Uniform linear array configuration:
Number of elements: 8
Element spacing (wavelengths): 0.5
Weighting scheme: cosine
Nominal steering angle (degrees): -60
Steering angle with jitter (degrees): -60.616
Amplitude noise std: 0.05
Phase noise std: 0.05

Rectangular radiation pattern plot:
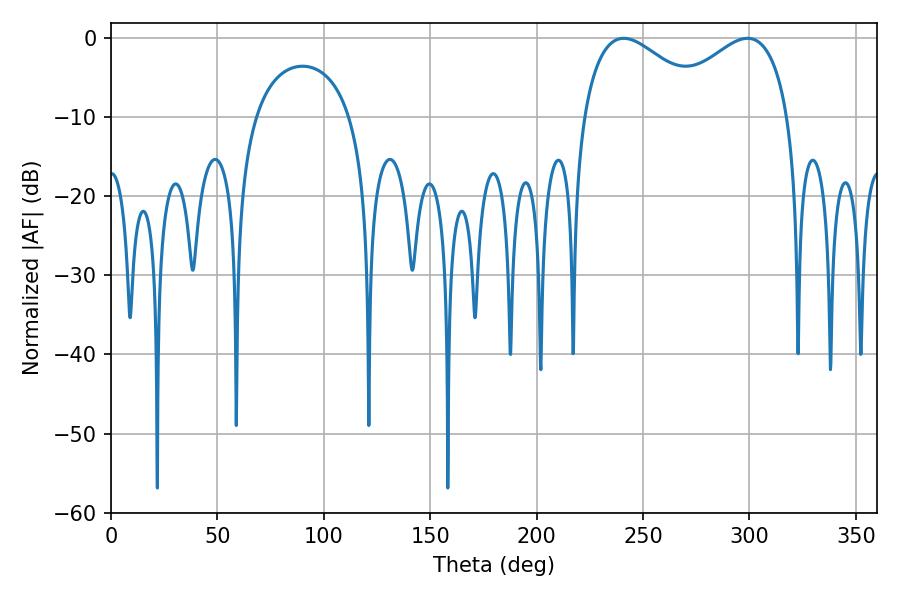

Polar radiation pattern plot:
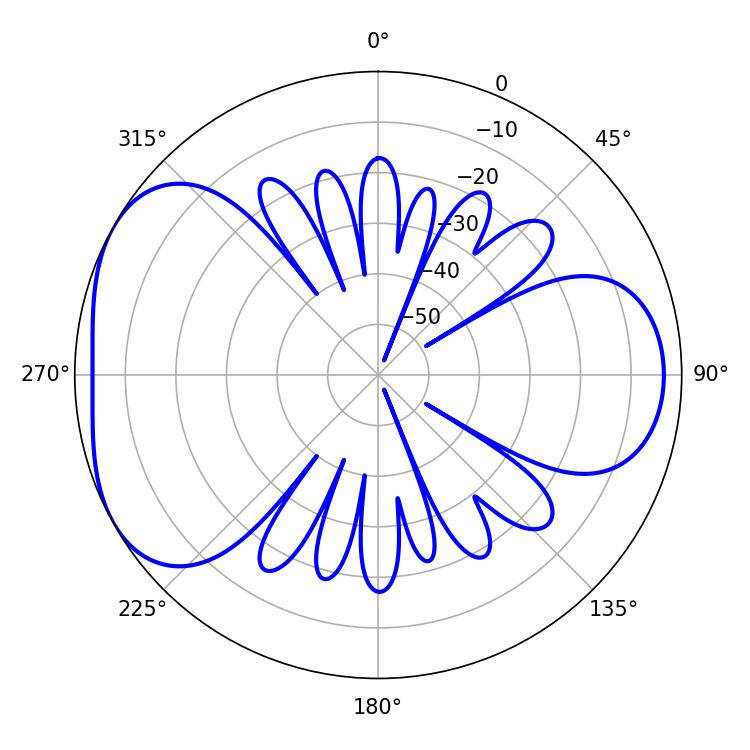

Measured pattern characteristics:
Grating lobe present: FALSE
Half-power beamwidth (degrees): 32.94
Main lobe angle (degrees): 240.84